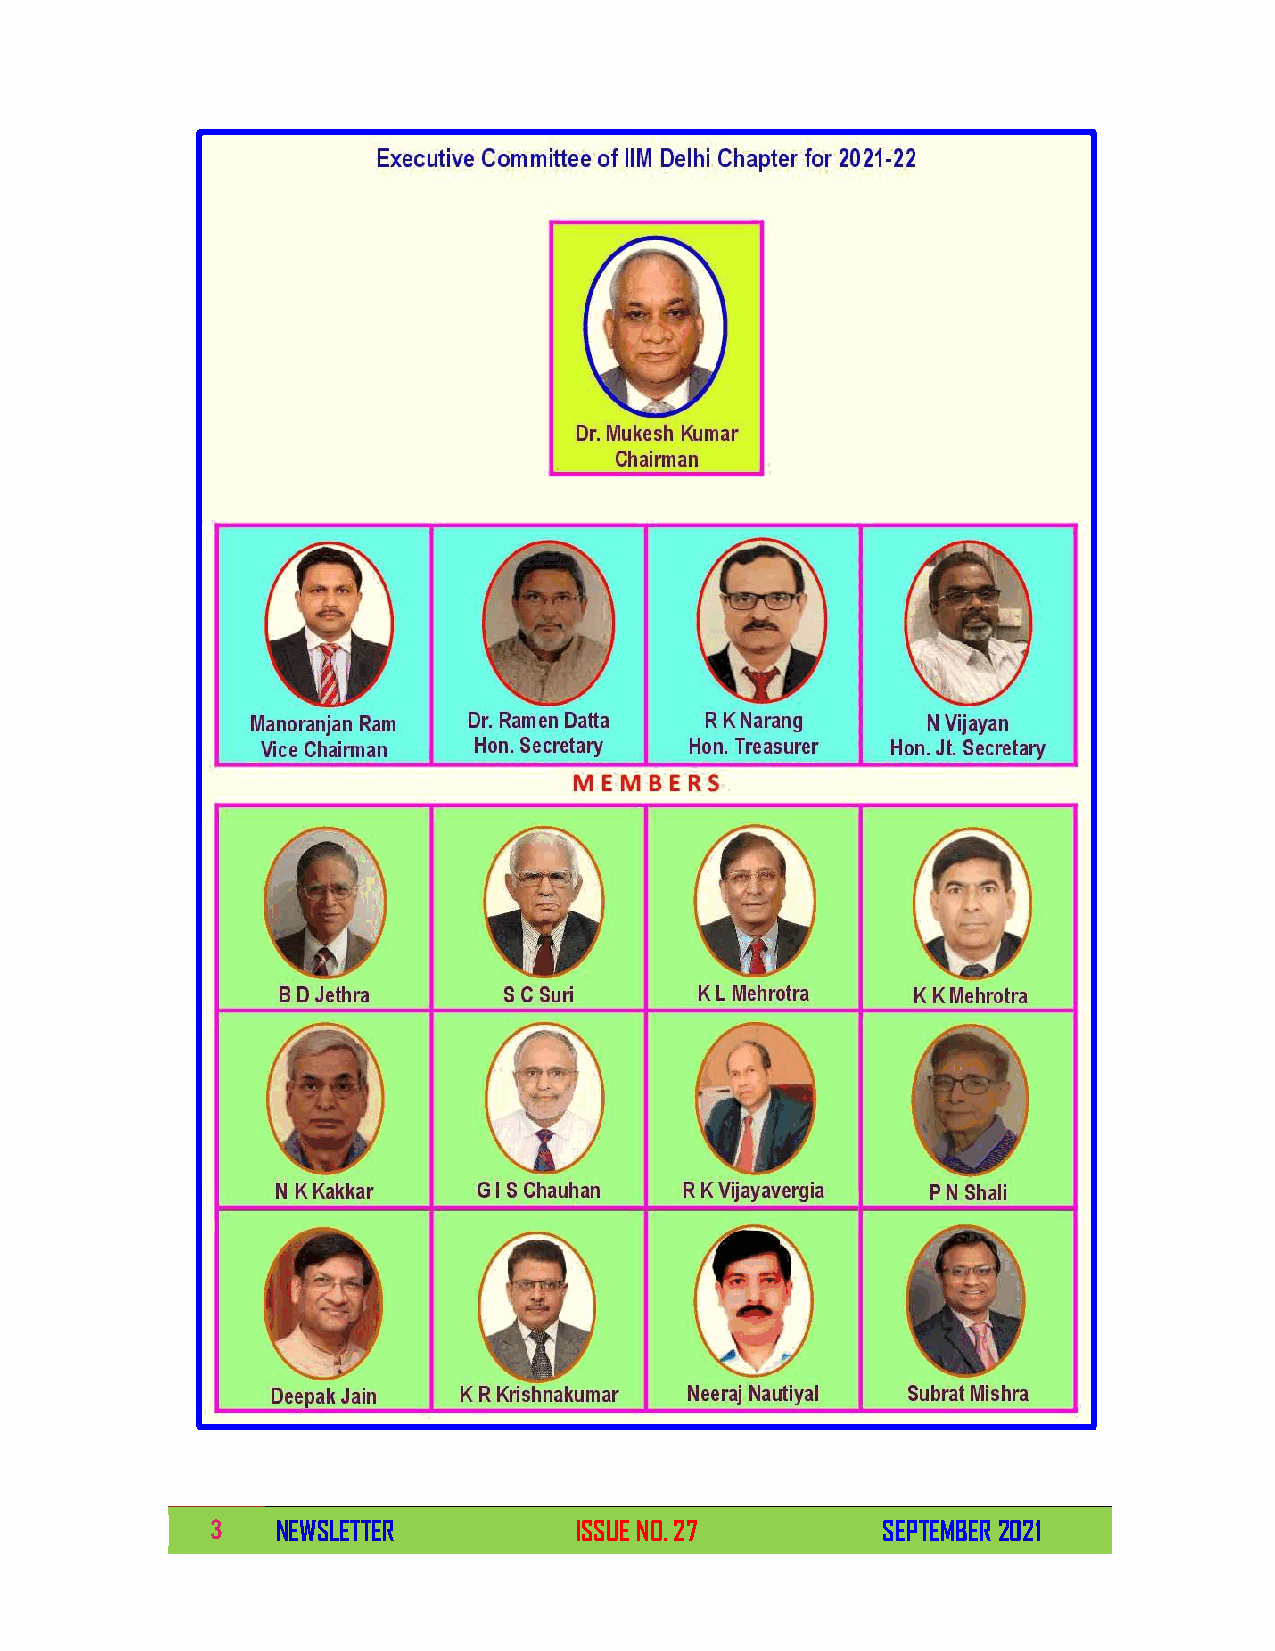
3   NEWSLETTER          ISSUE NO. 27        SEPTEMBER 2021